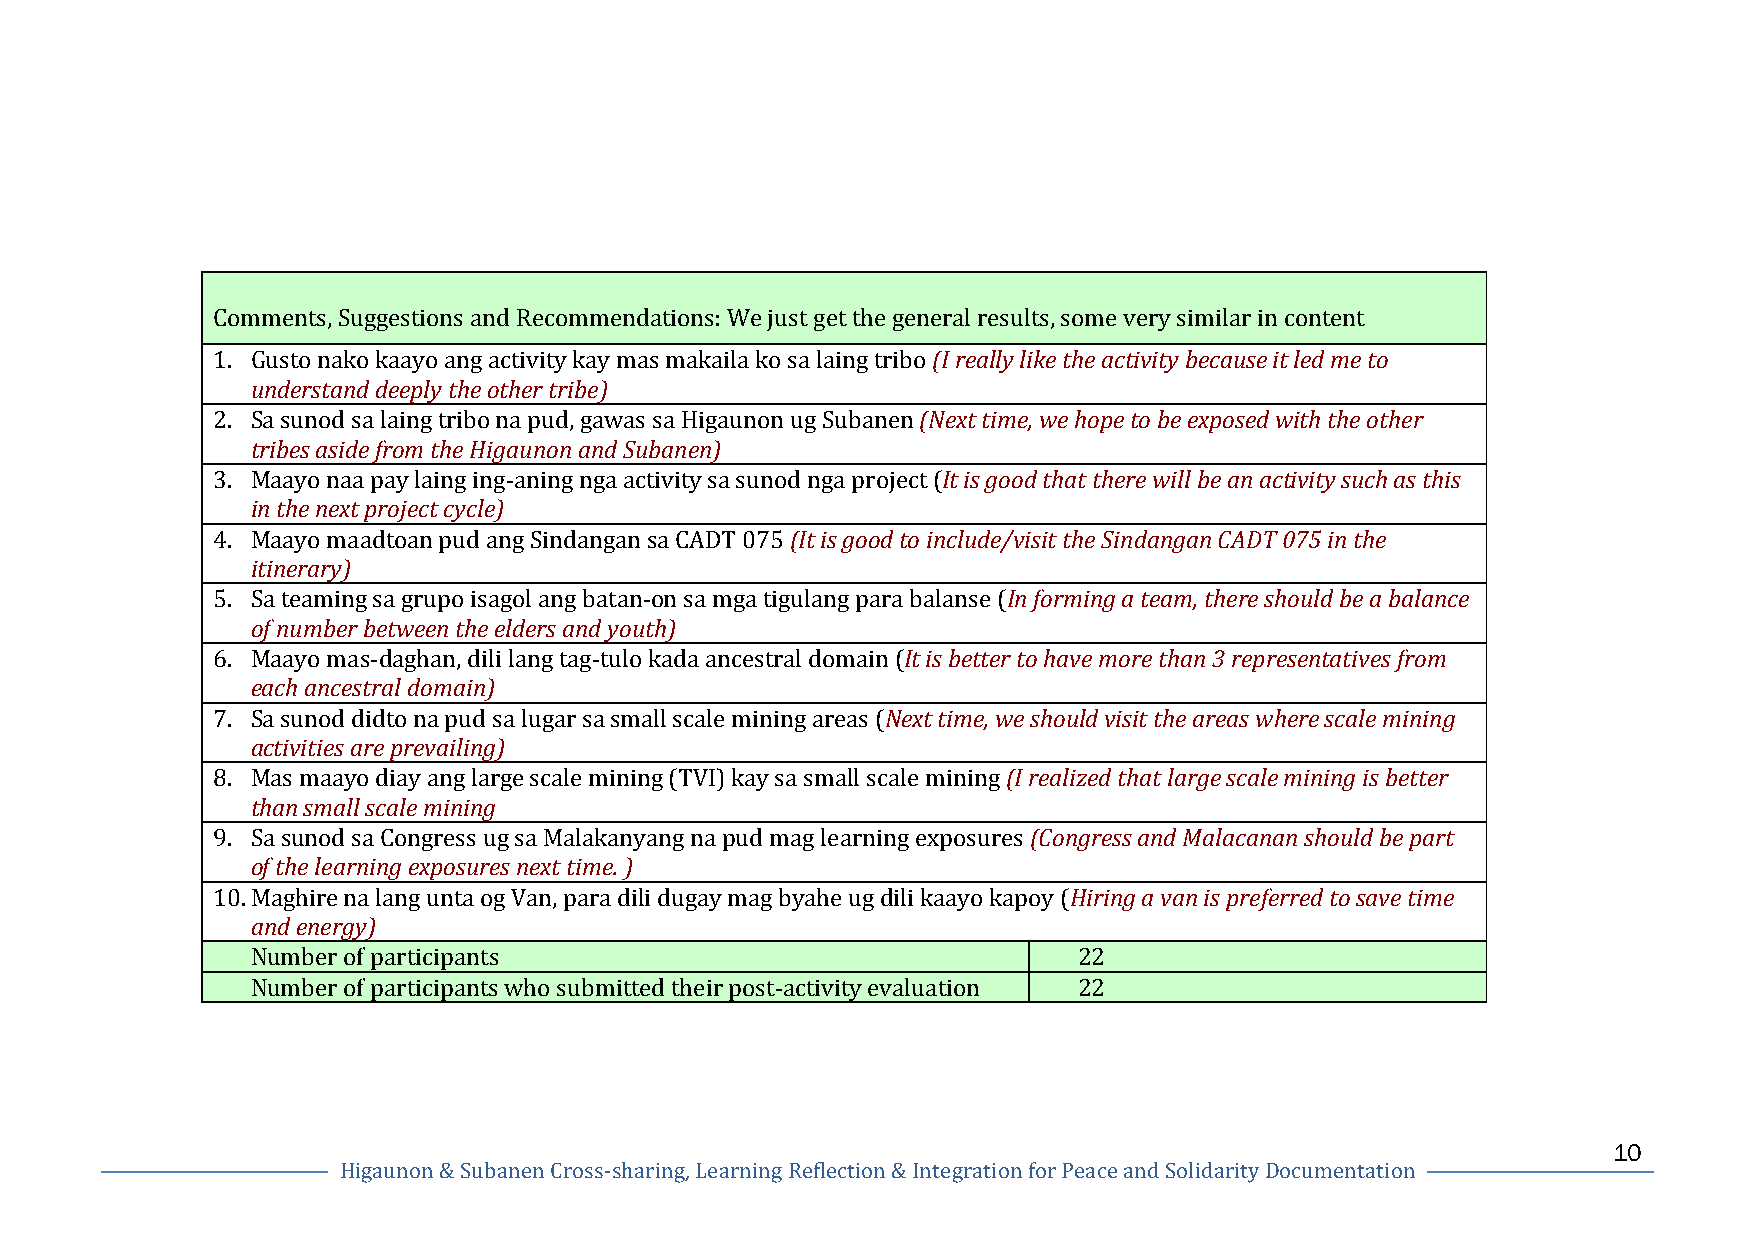
Comments, Suggestions and Recommendations: We just get the general results, some very similar in content
 1. Gusto nako kaayo ang activity kay mas makaila ko sa laing tribo (I really like the activity because it led me to
 understand deeply the other tribe)
 2. Sa sunod sa laing tribo na pud, gawas sa Higaunon ug Subanen (Next time, we hope to be exposed with the other
 tribes aside from the Higaunon and Subanen)
 3. Maayo naa pay laing ing-­‐aning nga activity sa sunod nga project (It is good that there will be an activity such as this
 in the next project cycle)
 4. Maayo maadtoan pud ang Sindangan sa CADT 075 (It is good to include/visit the Sindangan CADT 075 in the
 itinerary)
 5. Sa teaming sa grupo isagol ang batan-­‐on sa mga tigulang para balanse (In forming a team, there should be a balance
 of number between the elders and youth)
 6. Maayo mas-­‐daghan, dili lang tag-­‐tulo kada ancestral domain (It is better to have more than 3 representatives from
 each ancestral domain)
 7. Sa sunod didto na pud sa lugar sa small scale mining areas (Next time, we should visit the areas where scale mining
 activities are prevailing)
 8. Mas maayo diay ang large scale mining (TVI) kay sa small scale mining (I realized that large scale mining is better
 than small scale mining
 9. Sa sunod sa Congress ug sa Malakanyang na pud mag learning exposures (Congress and Malacanan should be part
 of the learning exposures next time. )
 10. Maghire na lang unta og Van, para dili dugay mag byahe ug dili kaayo kapoy (Hiring a van is preferred to save time
 and energy)
 Number of participants                                22
 Number of participants who submitted their post-­‐activity evaluation 22
 10
 Higaunon & Subanen Cross-­‐sharing, Learning Reflection & Integration for Peace and Solidarity Documentation